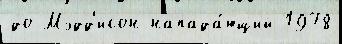
до Мэдд'исон напада́ющий 1978